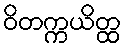
ဝိတက္ကယိတ္ထ